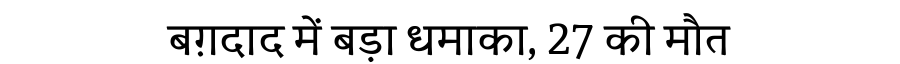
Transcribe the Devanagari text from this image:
बग़दाद में बड़ा धमाका, 27 की मौत